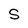
Character: S